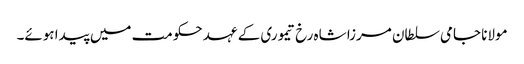
مولانا جامی سلطان مرزا شاہ رخ تیموری کے عہد حکومت میں پیدا ہوئے۔